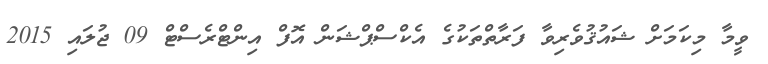
ވީމާ މިކަމަށް ޝައުޤުވެރިވާ ފަރާތްތަކުގެ އެކްސްޕްޝަން އޮފް އިންޓްރެސްޓް 09 ޖުލައި 2015